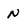
Character: N